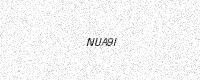
Text: NUA9I